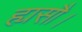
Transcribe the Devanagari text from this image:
ह्यसौ।